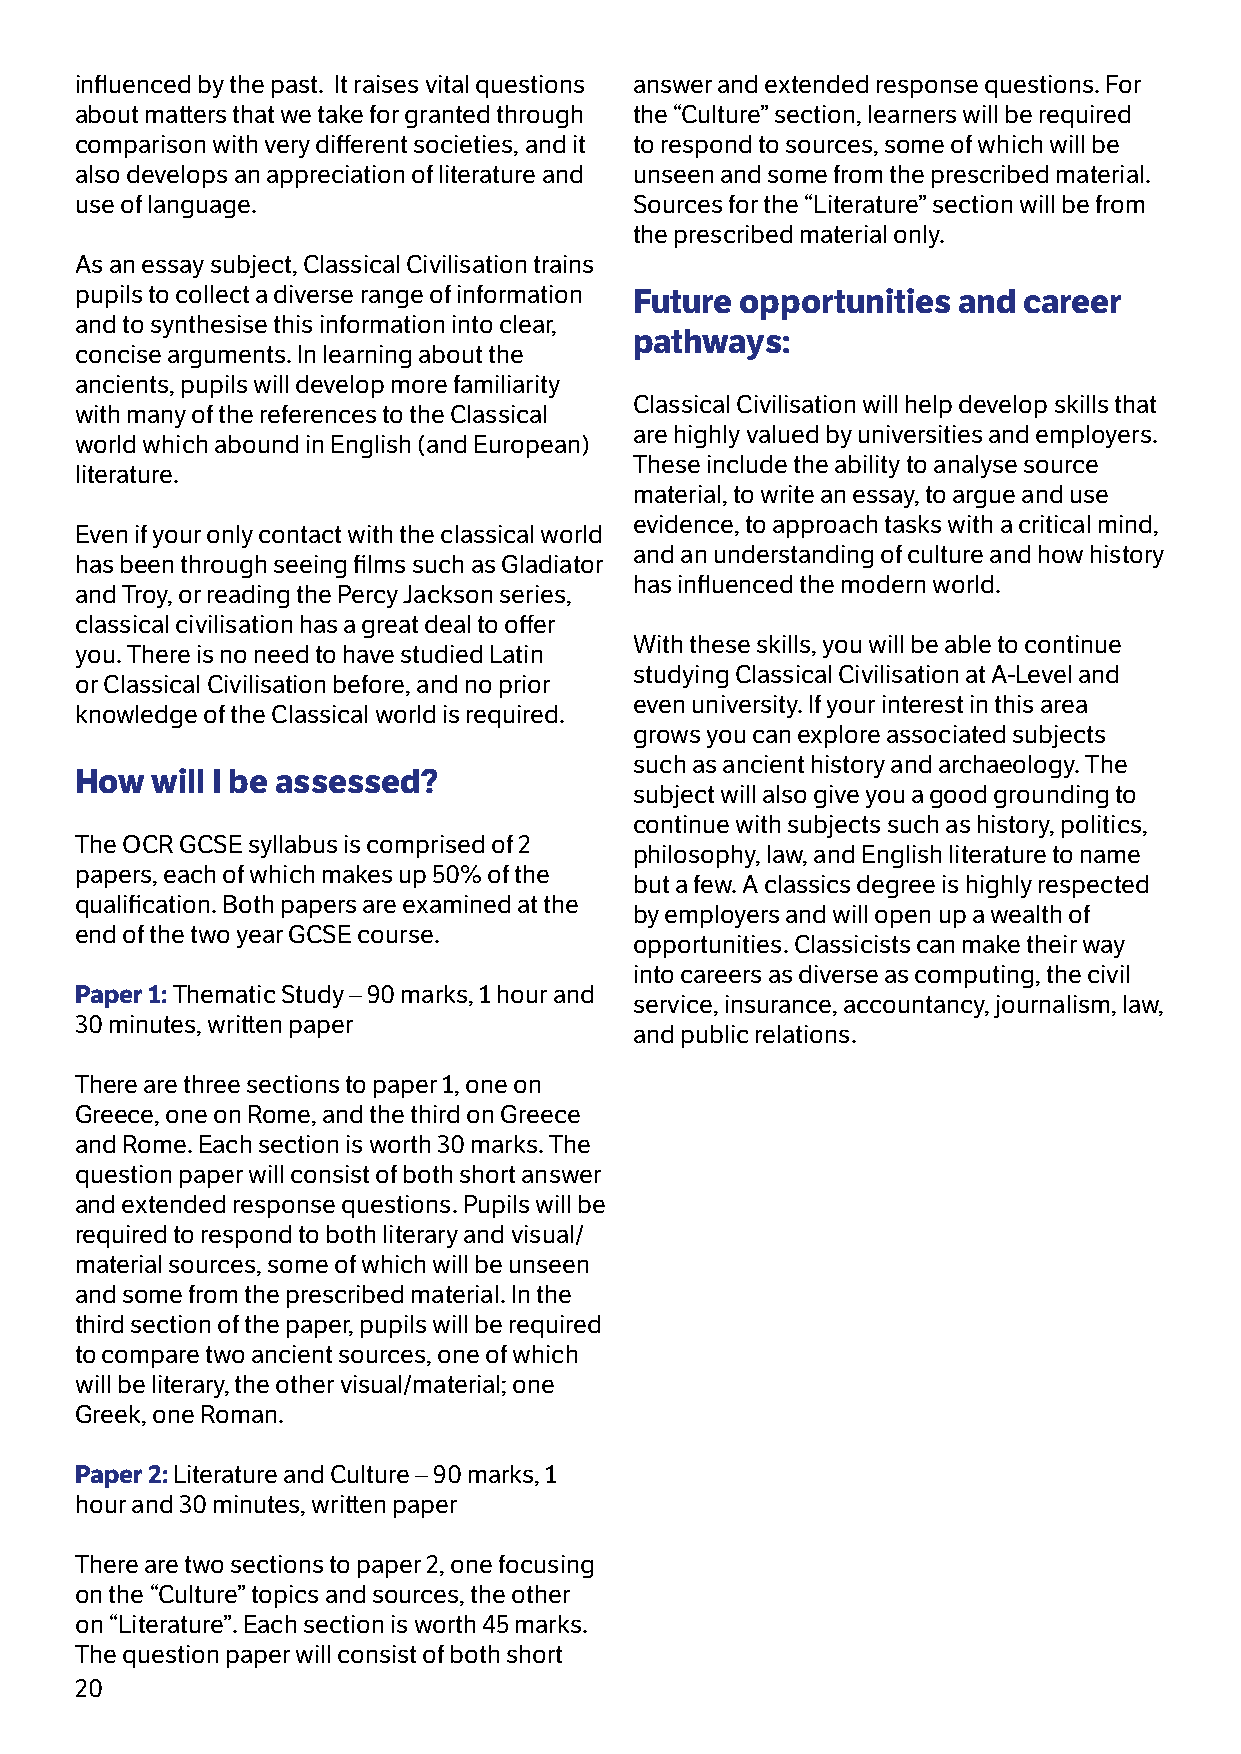
influenced by the past. It raises vital questions answer and extended response questions. For
 about matters that we take for granted through the “Culture” section, learners will be required
 comparison with very different societies, and it to respond to sources, some of which will be
 also develops an appreciation of literature and unseen and some from the prescribed material.
 use of language.                     Sources for the “Literature” section will be from
 the prescribed material only.
 As an essay subject, Classical Civilisation trains
 pupils to collect a diverse range of information Future opportunities and career
 and to synthesise this information into clear,
 pathways:
 concise arguments. In learning about the
 ancients, pupils will develop more familiarity
 Classical Civilisation will help develop skills that
 with many of the references to the Classical
 are highly valued by universities and employers.
 world which abound in English (and European)
 These include the ability to analyse source
 literature.
 material, to write an essay, to argue and use
 evidence, to approach tasks with a critical mind,
 Even if your only contact with the classical world
 and an understanding of culture and how history
 has been through seeing films such as Gladiator
 has influenced the modern world.
 and Troy, or reading the Percy Jackson series,
 classical civilisation has a great deal to offer
 With these skills, you will be able to continue
 you. There is no need to have studied Latin
 studying Classical Civilisation at A-Level and
 or Classical Civilisation before, and no prior
 even university. If your interest in this area
 knowledge of the Classical world is required.
 grows you can explore associated subjects
 such as ancient history and archaeology. The
 How  will I be assessed?
 subject will also give you a good grounding to
 continue with subjects such as history, politics,
 The OCR GCSE syllabus is comprised of 2
 philosophy, law, and English literature to name
 papers, each of which makes up 50% of the
 but a few. A classics degree is highly respected
 qualification. Both papers are examined at the
 by employers and will open up a wealth of
 end of the two year GCSE course.
 opportunities. Classicists can make their way
 into careers as diverse as computing, the civil
 Paper 1: Thematic Study – 90 marks, 1 hour and
 service, insurance, accountancy, journalism, law,
 30 minutes, written paper
 and public relations.
 There are three sections to paper 1, one on
 Greece, one on Rome, and the third on Greece
 and Rome. Each section is worth 30 marks. The
 question paper will consist of both short answer
 and extended response questions. Pupils will be
 required to respond to both literary and visual/
 material sources, some of which will be unseen
 and some from the prescribed material. In the
 third section of the paper, pupils will be required
 to compare two ancient sources, one of which
 will be literary, the other visual/material; one
 Greek, one Roman.
 Paper 2: Literature and Culture – 90 marks, 1
 hour and 30 minutes, written paper
 There are two sections to paper 2, one focusing
 on the “Culture” topics and sources, the other
 on “Literature”. Each section is worth 45 marks.
 The question paper will consist of both short
 20